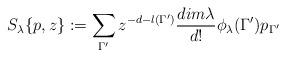
LaTeX: \begin{align*}S_{\lambda}\{p,z\} := \sum_{\Gamma^{\prime}} z^{-d-l(\Gamma^{\prime})}\frac{ dim{\lambda}}{d!}\phi_{\lambda}(\Gamma^{\prime})p_{\Gamma^{\prime}}\end{align*}